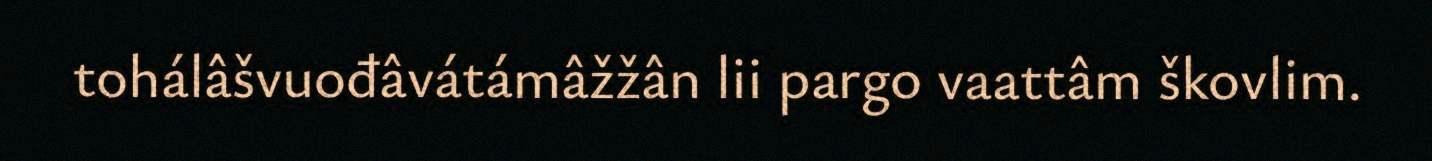
tohálâšvuođâvátámâžžân lii pargo vaattâm škovlim.